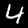
Label: 4